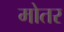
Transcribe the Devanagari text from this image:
मोतर